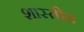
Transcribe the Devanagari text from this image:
शास्तीय